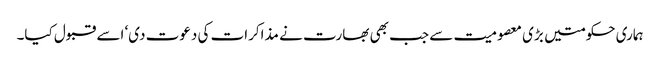
ہماری حکومتیں بڑی معصومیت سے جب بھی بھارت نے مذاکرات کی دعوت دی‘ اسے قبول کیا۔